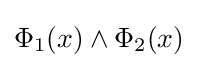
\Phi _{1}(x)\land \Phi _{2}(x)